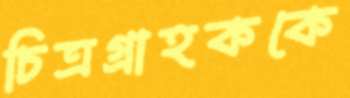
চিত্রগ্রাহককে